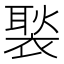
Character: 褧